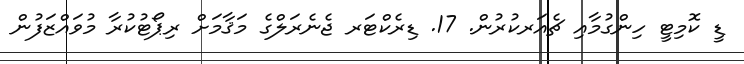
ޑީ ކޮމިޓީ ހިންގުމާއި ޗެއަރކުރުން. 17. ޑިރެކްޓަރ ޖެނެރަލްގެ މަޤާމަށް ރިޕޯޓުކުރާ މުވައްޒަފުން